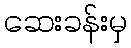
ဆေးခန်းမှ